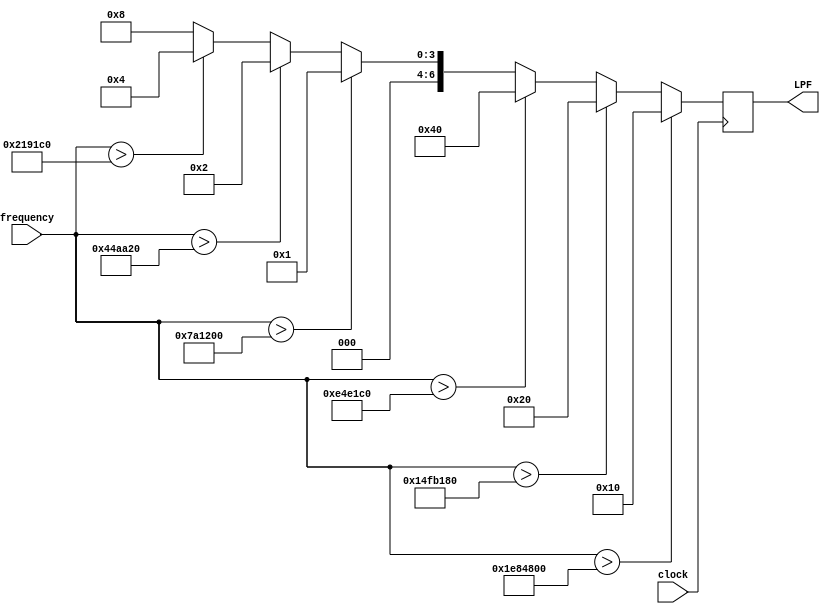
// V1.1 12th September 2011
//
// Copyright 2006,2007 Phil Harman VK6APH
//
//  HPSDR - High Performance Software Defined Radio
//
//  Alex LPF selection.
//
//
//  This program is free software; you can redistribute it and/or modify
//  it under the terms of the GNU General Public License as published by
//  the Free Software Foundation; either version 2 of the License, or
//  (at your option) any later version.
//
//  This program is distributed in the hope that it will be useful,
//  but WITHOUT ANY WARRANTY; without even the implied warranty of
//  MERCHANTABILITY or FITNESS FOR A PARTICULAR PURPOSE.  See the
//  GNU General Public License for more details.
//
//  You should have received a copy of the GNU General Public License
//  along with this program; if not, write to the Free Software
//  Foundation, Inc., 59 Temple Place, Suite 330, Boston, MA  02111-1307  USA


//////////////////////////////////////////////////////////////
//
//		Alex Band Decoder & LPF selection
//
//////////////////////////////////////////////////////////////
/*
	
	Each band is  decoded and the appropriate LPF selected as follows
	
	160m 	  	LPF = 7'b0001000
	 80m	  	LPF = 7'b0000100
	60/40m  	LPF = 7'b0000010
	30/20m  	LPF = 7'b0000001
    17/15m  	LPF = 7'b1000000
	12/10m  	LPF = 7'b0100000
	 6m	  		LPF = 7'b0010000
	 
	2011 Sep 12 -  Changed switching frequencies
*/

module LPF_select(clock, frequency, LPF);
input  wire        clock;
input  wire [31:0] frequency;	
output reg   [6:0] LPF;

// Select highest LPF dependant on frequency in use, frequency is in Hz
		
always @(posedge clock)  
begin 
	if  	(frequency > 32000000) LPF <= 7'b0010000;	// > 10m so use 6m LPF
	else if (frequency > 22000000) LPF <= 7'b0100000;  	// > 15m so use 12/10m LPF
	else if (frequency > 15000000) LPF <= 7'b1000000;  	// > 20m so use 17/15m LPF
	else if (frequency > 8000000)  LPF <= 7'b0000001;  	// > 40m so use 30/20m LPF  
	else if (frequency > 4500000)  LPF <= 7'b0000010;  	// > 80m so use 60/40m LPF
	else if (frequency > 2200000)  LPF <= 7'b0000100;  	// > 160m so use 80m LPF  
	else 						   LPF <= 7'b0001000; 	// < 2MHz so use 160m LPF
end 

endmodule